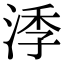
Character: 㳵